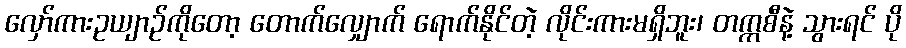
လှော်ကားဥယျာဉ်ကိုတော့ တောက်လျှောက် ရောက်နိုင်တဲ့ လိုင်းကားမရှိဘူး၊ တက္ကစီနဲ့ သွားရင် ပို